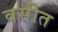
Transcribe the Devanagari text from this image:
वसीत